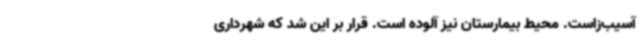
آسیب‌زاست. محیط بیمارستان نیز آلوده است. قرار بر این شد که شهرداری